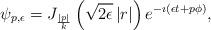
LaTeX: \begin{align*}\psi_{p,\epsilon} =J_{\frac{|p|}{k}}\left(\sqrt{2\epsilon}\, |r|\right)e^{-\imath (\epsilon t + p \phi)},\end{align*}